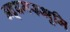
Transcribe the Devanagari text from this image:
अद्र्धमरूभूमि